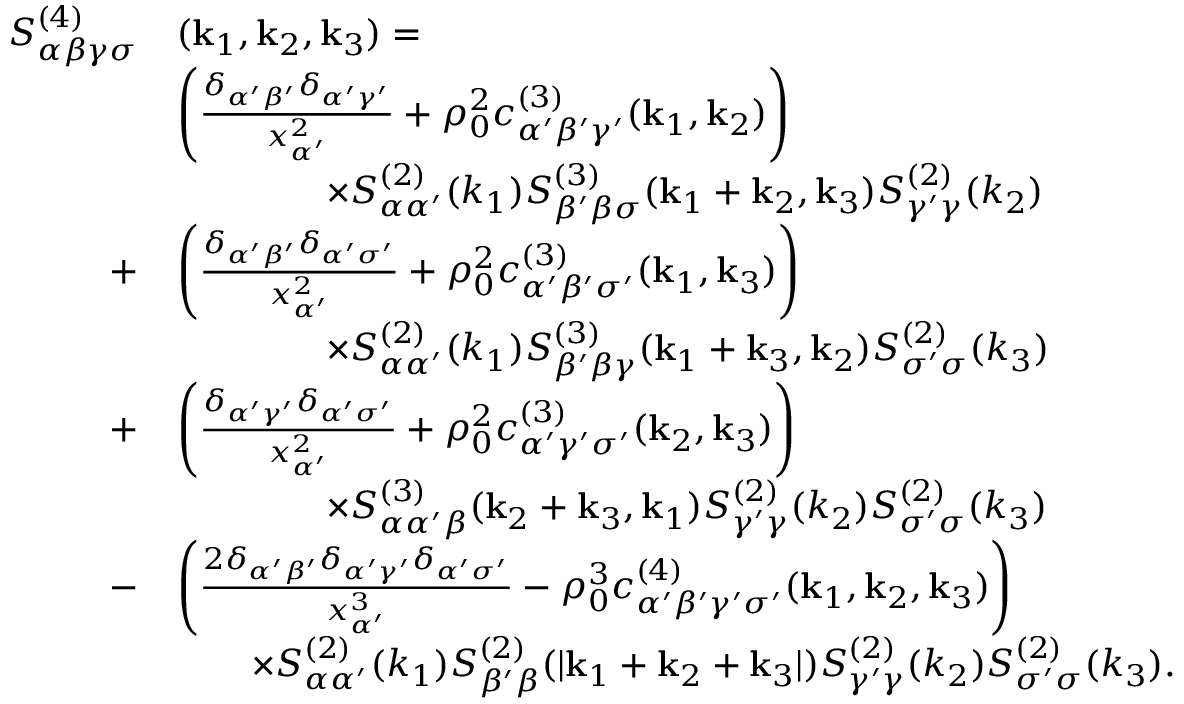
\begin{array} { r l } { S _ { \alpha \beta \gamma \sigma } ^ { ( 4 ) } } & { ( \mathbf { k } _ { 1 } , \mathbf { k } _ { 2 } , \mathbf { k } _ { 3 } ) = } \\ & { \left( \frac { \delta _ { \alpha ^ { \prime } \beta ^ { \prime } } \delta _ { \alpha ^ { \prime } \gamma ^ { \prime } } } { x _ { \alpha ^ { \prime } } ^ { 2 } } + \rho _ { 0 } ^ { 2 } c _ { \alpha ^ { \prime } \beta ^ { \prime } \gamma ^ { \prime } } ^ { ( 3 ) } ( \mathbf { k } _ { 1 } , \mathbf { k } _ { 2 } ) \right) } \\ & { \qquad \qquad \times S _ { \alpha \alpha ^ { \prime } } ^ { ( 2 ) } ( k _ { 1 } ) S _ { \beta ^ { \prime } \beta \sigma } ^ { ( 3 ) } ( \mathbf { k } _ { 1 } + \mathbf { k } _ { 2 } , \mathbf { k } _ { 3 } ) S _ { \gamma ^ { \prime } \gamma } ^ { ( 2 ) } ( k _ { 2 } ) } \\ { + } & { \left( \frac { \delta _ { \alpha ^ { \prime } \beta ^ { \prime } } \delta _ { \alpha ^ { \prime } \sigma ^ { \prime } } } { x _ { \alpha ^ { \prime } } ^ { 2 } } + \rho _ { 0 } ^ { 2 } c _ { \alpha ^ { \prime } \beta ^ { \prime } \sigma ^ { \prime } } ^ { ( 3 ) } ( \mathbf { k } _ { 1 } , \mathbf { k } _ { 3 } ) \right) } \\ & { \qquad \qquad \times S _ { \alpha \alpha ^ { \prime } } ^ { ( 2 ) } ( k _ { 1 } ) S _ { \beta ^ { \prime } \beta \gamma } ^ { ( 3 ) } ( \mathbf { k } _ { 1 } + \mathbf { k } _ { 3 } , \mathbf { k } _ { 2 } ) S _ { \sigma ^ { \prime } \sigma } ^ { ( 2 ) } ( k _ { 3 } ) } \\ { + } & { \left( \frac { \delta _ { \alpha ^ { \prime } \gamma ^ { \prime } } \delta _ { \alpha ^ { \prime } \sigma ^ { \prime } } } { x _ { \alpha ^ { \prime } } ^ { 2 } } + \rho _ { 0 } ^ { 2 } { c } _ { \alpha ^ { \prime } \gamma ^ { \prime } \sigma ^ { \prime } } ^ { ( 3 ) } ( \mathbf { k } _ { 2 } , \mathbf { k } _ { 3 } ) \right) } \\ & { \qquad \qquad \times S _ { \alpha \alpha ^ { \prime } \beta } ^ { ( 3 ) } ( \mathbf { k } _ { 2 } + \mathbf { k } _ { 3 } , \mathbf { k } _ { 1 } ) S _ { \gamma ^ { \prime } \gamma } ^ { ( 2 ) } ( k _ { 2 } ) S _ { \sigma ^ { \prime } \sigma } ^ { ( 2 ) } ( k _ { 3 } ) } \\ { - } & { \left( \frac { 2 \delta _ { \alpha ^ { \prime } \beta ^ { \prime } } \delta _ { \alpha ^ { \prime } \gamma ^ { \prime } } \delta _ { \alpha ^ { \prime } \sigma ^ { \prime } } } { x _ { \alpha ^ { \prime } } ^ { 3 } } - \rho _ { 0 } ^ { 3 } { c } _ { \alpha ^ { \prime } \beta ^ { \prime } \gamma ^ { \prime } \sigma ^ { \prime } } ^ { ( 4 ) } ( \mathbf { k } _ { 1 } , \mathbf { k } _ { 2 } , \mathbf { k } _ { 3 } ) \right) } \\ & { \qquad \times S _ { \alpha \alpha ^ { \prime } } ^ { ( 2 ) } ( k _ { 1 } ) S _ { \beta ^ { \prime } \beta } ^ { ( 2 ) } ( | \mathbf { k } _ { 1 } + \mathbf { k } _ { 2 } + \mathbf { k } _ { 3 } | ) S _ { \gamma ^ { \prime } \gamma } ^ { ( 2 ) } ( k _ { 2 } ) S _ { \sigma ^ { \prime } \sigma } ^ { ( 2 ) } ( k _ { 3 } ) . } \end{array}